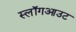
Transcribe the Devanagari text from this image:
स्लॉगआउट